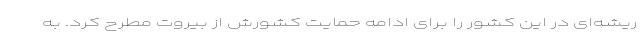
ریشه‌ای در این کشور را برای ادامه حمایت کشورش از بیروت مطرح کرد. به